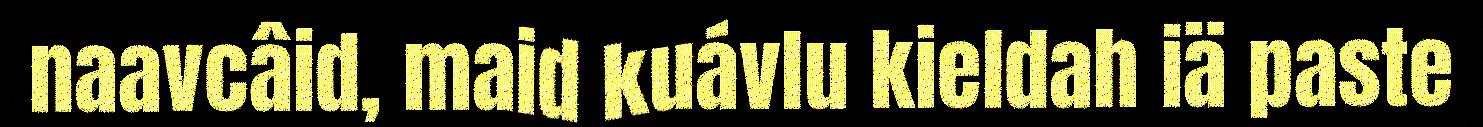
naavcâid, maid kuávlu kieldah iä paste